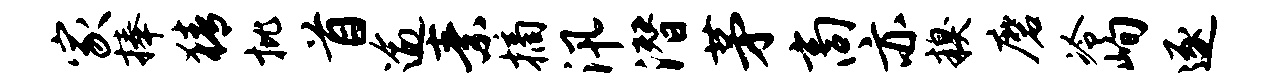
家捧猜批首逾素摘汛潜茅商亦糗磨冷峋逐